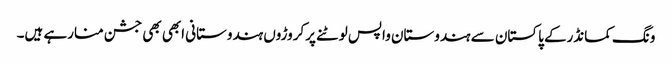
ونگ کمانڈرکے پاکستان سے ہندوستان واپس لوٹنے پرکروڑوں ہندوستانی ابھی بھی جشن منارہے ہیں۔